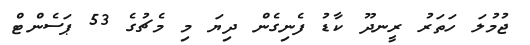
ޖުމުލަ ހަތަރު ރީނދޫ ކާޑު ފެނިގެން ދިޔަ މި މެޗުގެ 53 ޕަސެންޓް